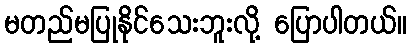
မတည်မပြုနိုင်သေးဘူးလို့ ပြောပါတယ်။